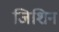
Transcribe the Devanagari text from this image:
जिशिन